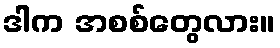
ဒါက အစစ်တွေလား။